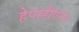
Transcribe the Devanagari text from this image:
हेपाडीएनए